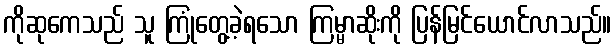
ကိုဆုကေသည် သူ ကြုံတွေ့ခဲ့ရသော ကြမ္မာဆိုးကို ပြန်မြင်ယောင်လာသည်။